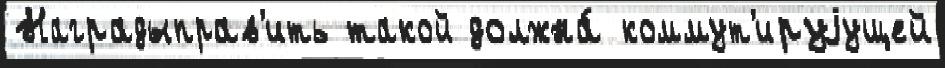
Наградыправ'ить такой должна́ коммут'ируjущей